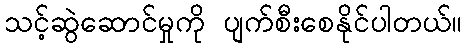
သင့်ဆွဲဆောင်မှုကို ပျက်စီးစေနိုင်ပါတယ်။